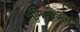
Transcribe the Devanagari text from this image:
भूमिस्वरूप